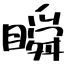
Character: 瞬